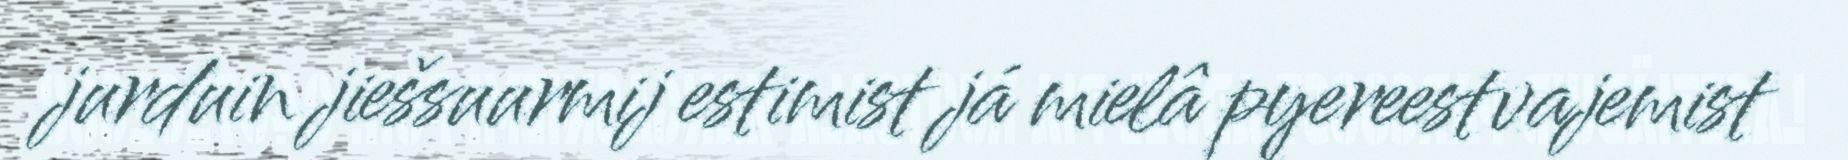
jurduin jiešsuurmij estimist já mielâ pyereestvajemist